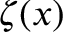
\zeta ( x )